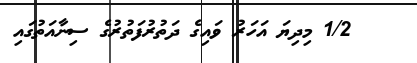
1/2 މިދިޔަ އަހަރު ވައިގެ ދަތުރުފަތުރުގެ ސިނާއަތުގައި